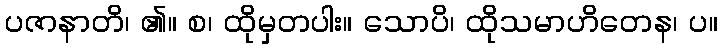
ပဇာနာတိ၊ ၏။ စ၊ ထိုမှတပါး။ သောပိ၊ ထိုသမာဟိတေန၊ ပ။